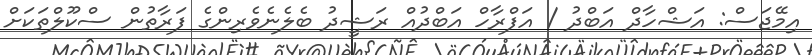
އިމޭޖަސް: އަޝްހާދް އަބްދު / އަފްރާހް އަބްދުއް ރަޝީދު ބެލެނެވެރިންގެ ފަރާތުން ސްކޫލްތަކަށް